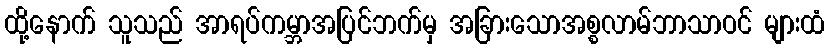
ထို့နောက် သူသည် အာရပ်ကမ္ဘာအပြင်ဘက်မှ အခြားသောအစ္စလာမ်ဘာသာဝင် များထံ